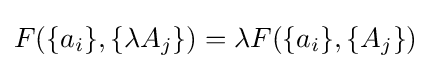
F(\{a_{i}\},\{\lambda A_{j}\})=\lambda F(\{a_{i}\},\{A_{j}\})